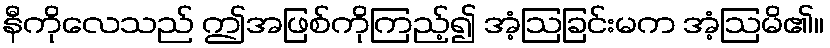
နီကိုလေသည် ဤအဖြစ်ကိုကြည့်၍ အံ့ဩခြင်းမက အံ့ဩမိ၏။